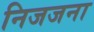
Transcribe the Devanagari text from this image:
निजजना